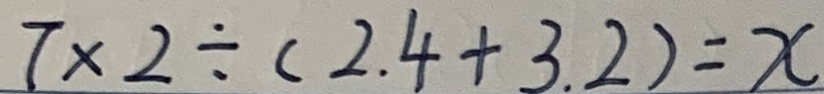
7 \times 2 \div ( 2 . 4 + 3 . 2 ) = x